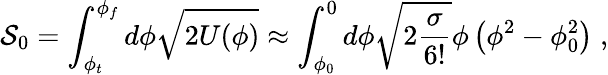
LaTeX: {\cal S}_{0}=\int_{\phi_{t}}^{\phi_{f}}d\phi\sqrt{2U(\phi)}\approx\int_{\phi_{0}}^{0}d\phi\sqrt{2\frac{\sigma}{6!}}\phi\left(\phi^{2}-\phi_{0}^{2}\right)\; ,